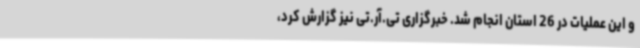
و این عملیات در 26 استان انجام شد. خبرگزاری تی.آر.تی نیز گزارش کرد،